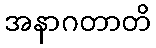
အနာဂတာတိ